King Institute of Preventive Medicine Micro-Biological Section reports 1909-11
Year: 1909
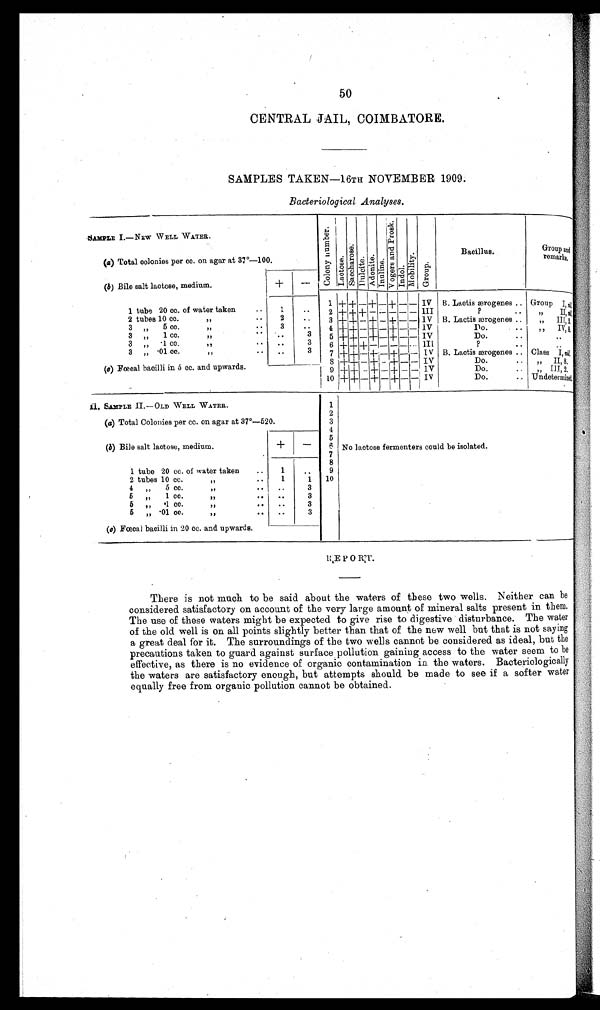
50
CENTRAL JAIL, COIMBATORE.
SAMPLES TAKEN—16TH NOVEMBER 1909.
Bacteriological Analyses.
SAMPLE I. — NEW WELL WATER.
C o l o n y n u m b e r .
L a c t o s e .
S a c c h a r o s e .
D u l c i t e . A d o n i t e .
I n u l i n e .
V o g e r s a n d P r o s k .
I n d o l .
M o b i l i t y .
Group.
Bacillus.
Group and
remarks.
(a) Total colonies per cc. on agar at 37°—100.
(b) Bile salt lactose, medium.
+
—
1 + + —
+ —
+
— — IV B. Lactis ærogenes .. Group I , n i l .
1 tube 20 cc. of water taken ..
1
. .
2 + + + —
— —
— — III
?
. .
" I I , n i l
2 tubes 10 cc.
"
..
2
. .
3 + + — +
—
+ ___
—
IV B. Lactis ærogenes ..
,,
I I I , 2
3 " 5 cc. " ..
3
. .
4 + +
—
+ — +
— —
IV
Do.
. .
" I V , 8 .
3 " 1 cc. ", .. ...
. .
3
5 + +
—
+
—
+
— —
IV
Do.
. .
3 „ .1 cc. ,, ..
. .
3
6 + + +
— — — — —
III
?
. .
3
" .01 cc. ,, .. ..
3
7 + +
—
+ — + —
—
IV B. Lactis ærogenes .. Class
I , n i l .
8 + + — +
—
+ —
—
IV
Do.
.. "
I I , 8
(c) Fœcal bacilli in 5 cc. and upwards.
9 + +
—
+ — + — — IV
Do.
.. " III,2,
10 + +
—
+
—
+
— —
IV
Do.
.. Undetermined.
II. SAMPLE II. — OLD WELL WATER.
1 2
(a) Total Colonies per cc. on agar at 37°—520.
3
4
5
(b) Bile salt lactose, medium.
+
—
6 No lactose fermenters could be isolated.
7
8
1 tube 20 cc. of water taken
..
1
..
9
2 tubes 10 cc. "
1
1 10
4 „ 5cc. "
. .
3
5 „ 1cc.
" ..
..
3
5 „ .1cc.
" ..
..
3
5 „ .01cc. "..
..
3
(c) Fœcal bacilli in 20 cc. and upwards.
There is not much to be said about the waters of these two wells. Neither can be
considered satisfactory on account of the very large amount of mineral salts present in them.
The use of these waters might be expected to give rise to digestive disturbance. The water
of the old well is on all points slightly better than that of the new well but that is not saying
a great deal for it. The surroundings of the two wells cannot be considered as ideal, but the
precautions taken to guard against surface pollution gaining access to the water seem to be
effective, as there is no evidence of organic contamination in the waters. Bacteriologically
the waters are satisfactory enough, but attempts should be made to see if a softer water
equally free from organic pollution cannot be obtained.
Pa